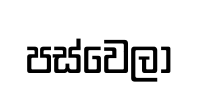
පස්වෙලා